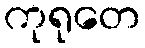
ကုရုတေ